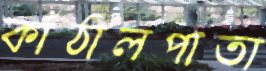
কাঁঠালপাতা